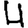
Digit: 4